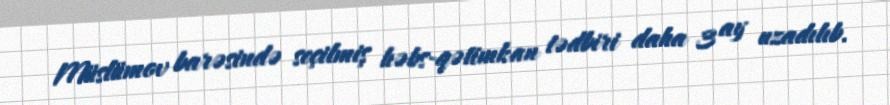
Müslümov barəsində seçilmiş həbs-qətimkan tədbiri daha 3 ay uzadılıb.